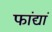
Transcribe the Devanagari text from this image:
फांद्यां